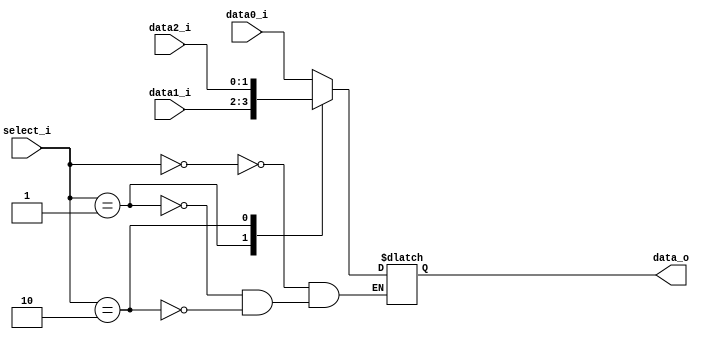
//Subject:     CO project 4 - MUX 321
//--------------------------------------------------------------------------------
//Version:     1
//--------------------------------------------------------------------------------
//Writer:      0416038 _0416326 t 
//----------------------------------------------
//Date:        
//----------------------------------------------
//Description: 
//--------------------------------------------------------------------------------
     
module MUX_3to1(
               data0_i,
               data1_i,
					data2_i,
               select_i,
               data_o
               );

parameter size = 0;			   
			
//I/O ports               
input   [size-1:0] data0_i;          
input   [size-1:0] data1_i;
input   [size-1:0] data2_i;          
input   [2-1:0]    select_i;

output  [size-1:0] data_o; 

//Internal Signals
reg     [size-1:0] data_o;

//Main function
always@(*) begin
	case (select_i)
		2'd0: data_o <= data0_i;
		2'd1: data_o <= data1_i;
		2'd2: data_o <= data2_i;
	endcase
end
endmodule